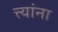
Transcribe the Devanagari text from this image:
त्त्यांना